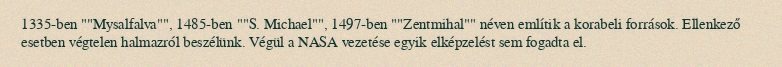
1335-ben ""Mysalfalva"", 1485-ben ""S. Michael"", 1497-ben ""Zentmihal"" néven említik a korabeli források. Ellenkező esetben végtelen halmazról beszélünk. Végül a NASA vezetése egyik elképzelést sem fogadta el.